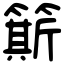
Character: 簛